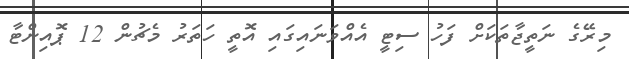
މިރޭގެ ނަތީޖާތަކަށް ފަހު ސިޓީ އެއްވަނައިގައި އޮތީ ހަތަރު މެޗުން 12 ޕޮއިންޓާ